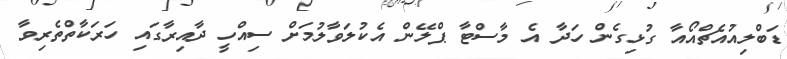
ޑަބްލިއުއެޗްއޯއާ ގުޅިގެން ހަދާ އެ މާސްޓާ ޕްލޭން އެކުލަވާލުމަށް ސިއްހީ ދާއިރާގައި ހަރަކާތްތެރިވާ